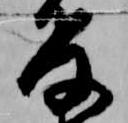
教